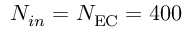
N _ { i n } = N _ { \mathrm { E C } } = 4 0 0